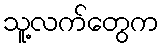
သူ့လက်တွေက